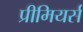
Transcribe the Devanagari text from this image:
प्रीमियर्स